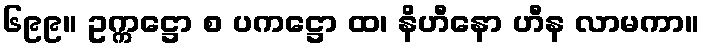
၆၉၉။ ဥက္ကဋ္ဌော စ ပကဋ္ဌော ထ၊ နိဟီနော ဟီန လာမကာ။